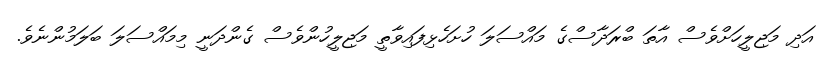
އަދި މަޖިލީހަށްވެސް އާތަ ބްރަދާސްގެ މައްސަލަ ހުށަހެޅިފައިވާތީ މަޖިލީހުންވެސް ގެންދަނީ މިމައްސަލަ ބަލަމުންނެވެ.